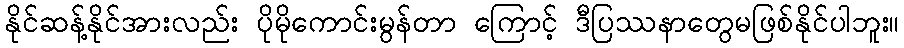
နိုင်ဆန့်နိုင်အားလည်း ပိုမိုကောင်းမွန်တာ ကြောင့် ဒီပြဿနာတွေမဖြစ်နိုင်ပါဘူး။